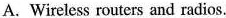
A.Wireless routers and radios.